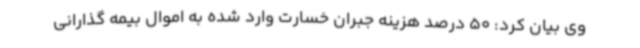
وی بیان کرد: 50 درصد هزینه جبران خسارت وارد شده به اموال بیمه گذارانی